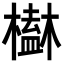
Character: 𣝒